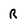
Character: r